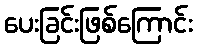
ပေးခြင်းဖြစ်ကြောင်း